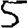
Digit: 5